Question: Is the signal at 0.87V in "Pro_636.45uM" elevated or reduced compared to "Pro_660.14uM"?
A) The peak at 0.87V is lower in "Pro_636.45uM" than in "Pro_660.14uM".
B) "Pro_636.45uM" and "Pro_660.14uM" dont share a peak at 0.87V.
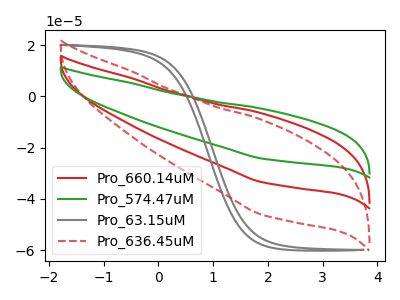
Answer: <think>The red curve "Pro_660.14uM" has no peaks. The green curve "Pro_574.47uM" has no peaks. The gray curve "Pro_63.15uM" has no peaks. The red dashed curve "Pro_636.45uM" has no peaks.</think>
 <answer>B) "Pro_636.45uM" and "Pro_660.14uM" dont share a peak at 0.87V.</answer>
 <eval>B</eval>